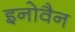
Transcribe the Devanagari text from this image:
इनोवैन